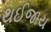
થઈજાય